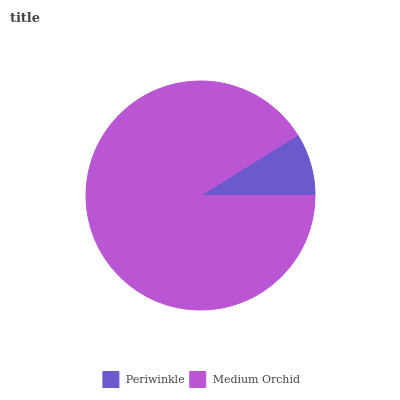
| Periwinkle | Medium Orchid |
 | --- | --- |
 | 8.85% | 91.2% |